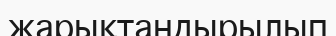
жарықтандырылып